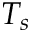
T _ { s }